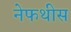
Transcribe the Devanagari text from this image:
नेफथीस